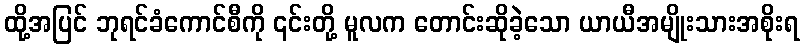
ထို့အပြင် ဘုရင်ခံကောင်စီကို ၎င်းတို့ မူလက တောင်းဆိုခဲ့သော ယာယီအမျိုးသားအစိုးရ